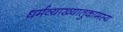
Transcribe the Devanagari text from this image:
धर्मव्याख्यातुकामस्य